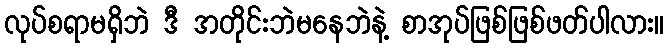
လုပ်စရာမရှိဘဲ ဒီ အတိုင်းဘဲမနေဘဲနဲ့ စာအုပ်ဖြစ်ဖြစ်ဖတ်ပါလား။